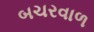
બચરવાળ